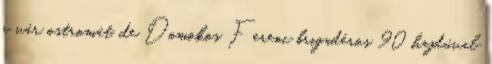
a vár ostromát, de Domokos Ferenc brigadéros 90 hajdúval